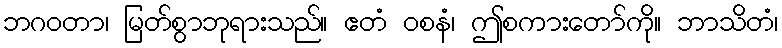
ဘဂဝတာ၊ မြတ်စွာဘုရားသည်။ ဧတံ ဝစနံ၊ ဤစကားတော်ကို။ ဘာသိတံ၊